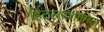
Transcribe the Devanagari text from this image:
हिटलरशामिल